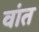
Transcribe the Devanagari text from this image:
वांत